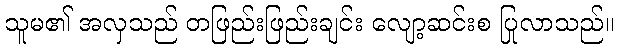
သူမ၏ အလှသည် တဖြည်းဖြည်းချင်း လျော့ဆင်းစ ပြုလာသည်။